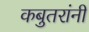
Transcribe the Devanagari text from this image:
कबुतरांनी